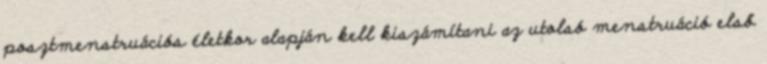
posztmenstruációs életkor alapján kell kiszámítani az utolsó menstruáció első